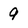
Character: 9